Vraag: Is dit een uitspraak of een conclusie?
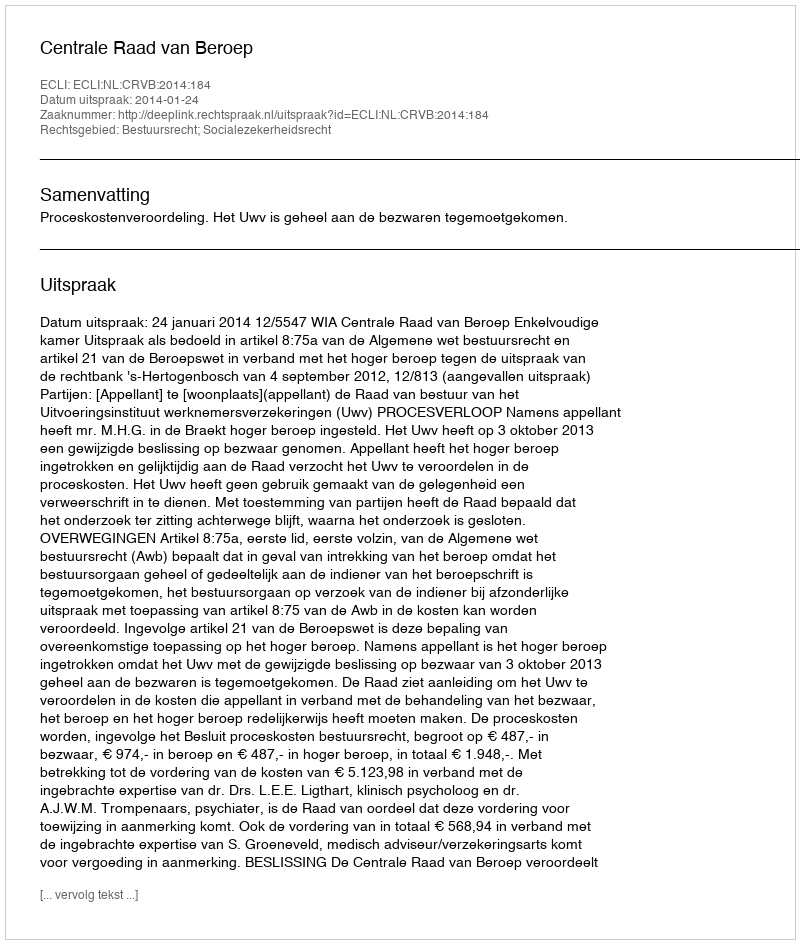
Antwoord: Uitspraak